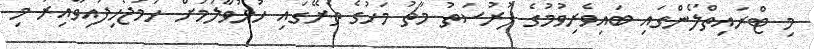
މި ޓްރައިތްލޯންގައި ބައިވެރިވުމުގެ ފުރުސަތު މާޗު މަހުގެ ތެރޭގައި ހުޅުވާލުމަށް ހަމަޖެހިފައިވާއިރު މި